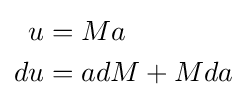
{\begin{aligned}u&=Ma\\du&=adM+Mda\end{aligned}}